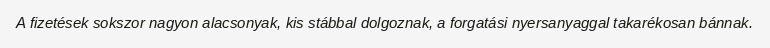
A fizetések sokszor nagyon alacsonyak, kis stábbal dolgoznak, a forgatási nyersanyaggal takarékosan bánnak.